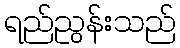
ရည်ညွန်းသည်